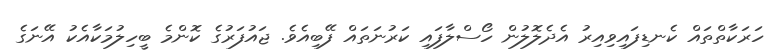
ހަރަކާތްތައް ކެނޑިފައިވިއިރު އެދެލޮލުން ހޯސްލާފައި ކަރުނަތައް ފޭބިއެވެ. ޖައުފަރުގެ ކޮންމެ ބީހިލުމަކާއެކު އޭނަގެ